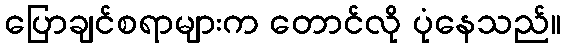
ပြောချင်စရာများက တောင်လို ပုံနေသည်။